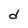
Character: d